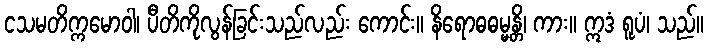
ငသမတိက္ကမောဝါ၊ ပီတိကိုလွန်ခြင်းသည်လည်း ကောင်း။ နိရောဓဓမ္မန္တိ၊ ကား။ ဣဒံ ရူပံ၊ သည်။